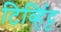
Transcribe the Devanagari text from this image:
टिर्व्हिट्ट